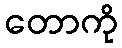
တောကို